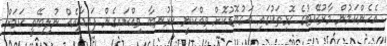
އެހެންކަމުން މާރުކޭޓުގެ ގޮޅިތަކުގައި އަގުބޮޑުކޮށް ވިއްކަނީ ކުރުނބާ ވިއްކައިގެން ފައިދާއެއް ނުލިބޭތީ ކަމަށް